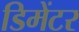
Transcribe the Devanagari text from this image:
डिमेंटर